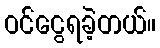
ဝင်ငွေရခဲ့တယ်။